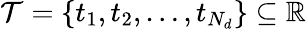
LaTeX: \mathcal{T}=\left\{ t_{1},t_{2},\dotsc,t_{N_{d}}\right\} \subseteq\mathbb{R}